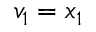
v _ { 1 } = x _ { 1 }